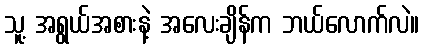
သူ့ အရွယ်အစားနဲ့ အလေးချိန်က ဘယ်လောက်လဲ။